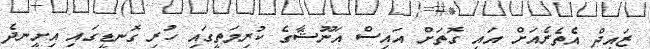
ޒައިދް އެތެރެއަށް އައި ގޮތަށް އައިސް އަނޫޝާގެ ކުރިމަތީގައި ހުރި ގޮނޑީގައި އިށީނދެ